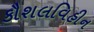
કૌશલવિહીન